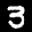
Label: 3